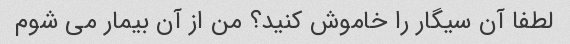
لطفا آن سیگار را خاموش کنید؟ من از آن بیمار می شوم